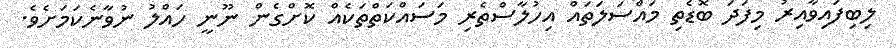
ލިބިފައިވާއިރު މިފަދަ ބޮޑެތި މައްސަލަތައް އިހުލާސްތެރި މަސައްކަތްތަކެއް ކޮށްގެން ނޫނީ ހައްލު ނުވާނެކަމަށެވެ.